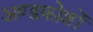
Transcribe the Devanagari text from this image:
अण्डकोशों